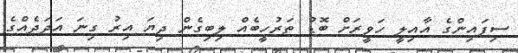
ސިފައިންގެ އާއިލީ ހަވީރަށް ބޮޑު ތަރުހީބެއް ލިބިގެން ދިޔަ އިރު ގިނަ އަދަދެއްގެ